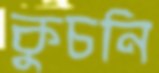
কুচনি